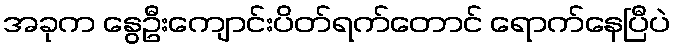
အခုက နွေဦးကျောင်းပိတ်ရက်တောင် ရောက်နေပြီပဲ